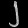
Digit: ၂